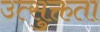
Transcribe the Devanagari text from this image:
उत्सुक्तता